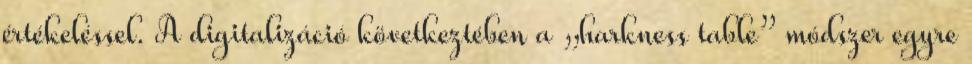
értékeléssel. A digitalizáció következtében a „harkness table” módszer egyre